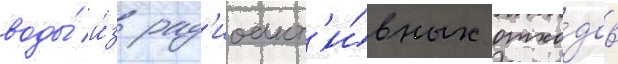
воды́ и́з рад'иоакт'и́вных отхо́дов